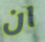
ان